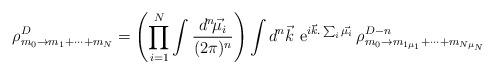
LaTeX: \begin{align*}\rho^{D}_{m_0\rightarrow m_{1}+\cdots +m_{N}}= \left(\prod_{i=1}^N\int\frac{d^n\!\vec{\mu_i}}{(2\pi)^n}\right) \int d^n\vec{k}\,\,{\rm e}^{i\vec{k}.\sum_i\vec{\mu_i}} \, \rho^{D-n}_{m_0\rightarrow m_{1\mu_1}+\cdots +m_{N\mu_N}}\end{align*}